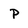
Character: P